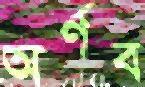
অর্ণব